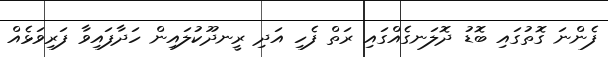
ފެންނަ ގޮތުގައި ބޮޑު ދޮލަނގެއްގައި ރަތް ފެހި އަދި ރީނދޫކުލައިން ހަދާފައިވާ ފަރިވަޅެއް